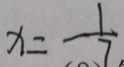
x = \frac { 1 } { 7 }